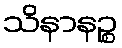
သိနာနဉ္စ